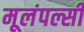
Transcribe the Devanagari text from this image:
मूलंपल्सी